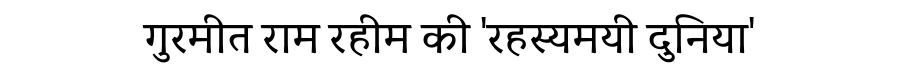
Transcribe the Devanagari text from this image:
गुरमीत राम रहीम की 'रहस्यमयी दुनिया'